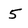
Character: 5